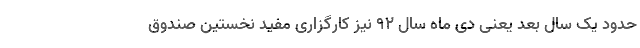
حدود یک سال بعد یعنی دی ماه سال ۹۲ نیز کارگزاری مفید نخستین صندوق